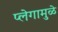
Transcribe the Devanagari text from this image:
प्लेगामुळे